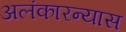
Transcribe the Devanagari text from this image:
अलंकारन्यास